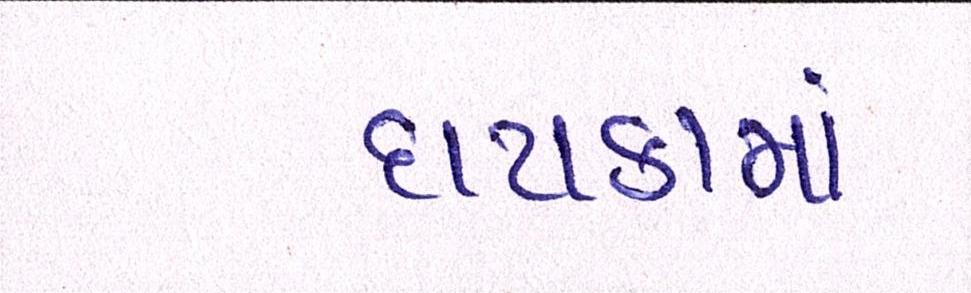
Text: દાયકામાં